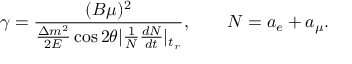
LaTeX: \gamma = { \frac { ( B \mu ) ^ { 2 } } { { \frac { \Delta m ^ { 2 } } { 2 E } } \cos 2 \theta \vert { \frac { 1 } { N } } { \frac { d N } { d t } } \vert _ { t _ { r } } } } , \qquad N = a _ { e } + a _ { \mu } .